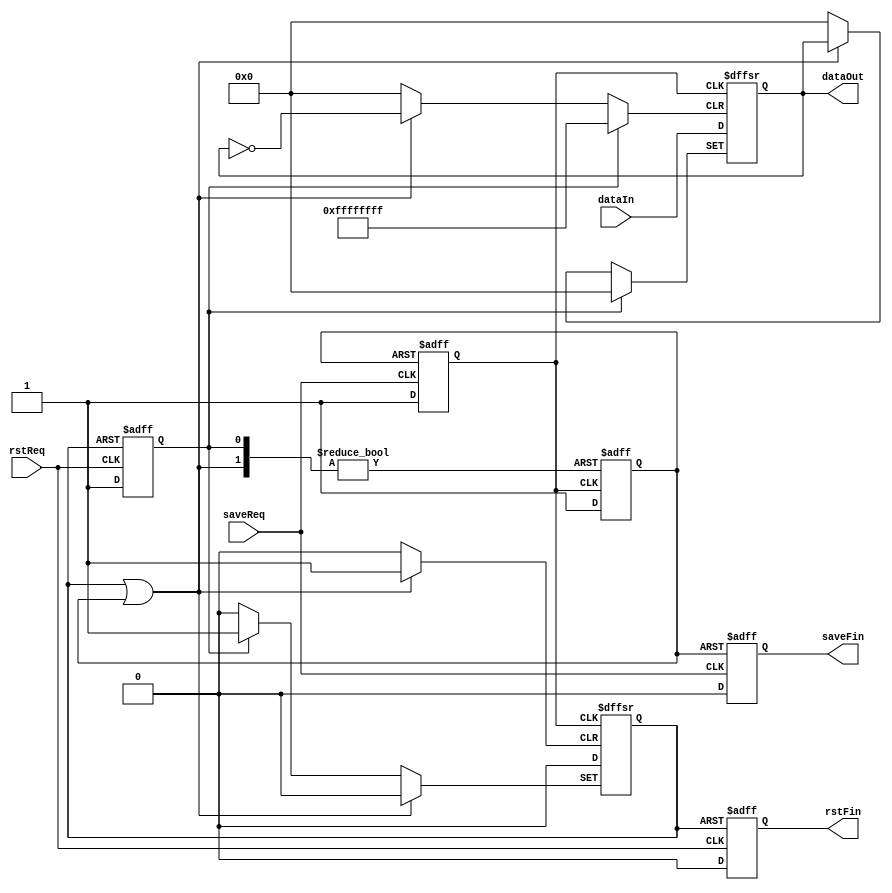
`timescale 1ns / 1ps
//////////////////////////////////////////////////////////////////////////////////
// 
// Module Name: var
// Description: A register with set and reset ports.
//              When saveReq rises,      dataIn -> dataOut. Then saveFin rises.
//              When rstReq rises, InitialValue -> dataOut. Then rstFin rises.
//              Width is the bit width of dataIn and dataOut.
// 
// Dependencies: 
// 
// Revision:
// Revision 0.01 - File Created
// Additional Comments:
// 
//////////////////////////////////////////////////////////////////////////////////

module var #(parameter Width=32, parameter InitialValue=0) (saveReq,saveFin,rstReq,rstFin,dataIn,dataOut);
input saveReq,rstReq;
input [Width-1:0] dataIn;
output reg saveFin=1'b1,rstFin=1'b1;
output reg [Width-1:0] dataOut=InitialValue;

reg rstReqBuf=1'b0;
reg rstFinBuf=1'b0;
reg saveReqBuf=1'b0;
reg saveFinBuf=1'b0;
wire eventFin;
assign eventFin=rstFinBuf|saveFinBuf;

always@(posedge rstReq or posedge rstFinBuf) begin
    if(rstFinBuf) begin 
        rstReqBuf<=1'b0;
        rstFin<=1'b1;
    end
    else begin
        rstReqBuf<=1'b1;
        rstFin<=1'b0;
    end
end

always@(posedge saveReq or posedge saveFinBuf) begin
    if(saveFinBuf) begin
        saveReqBuf<=1'b0;
        saveFin<=1'b1;
    end
    else begin
        saveReqBuf<=1'b1;
        saveFin<=1'b0;
    end
end

always@(posedge saveReqBuf or posedge rstReqBuf or posedge eventFin) begin
if(eventFin) begin
    saveFinBuf<=1'b0;
    rstFinBuf<=1'b0;
    dataOut<=dataOut;
end
else begin
if(rstReqBuf) begin
    rstFinBuf<=1'b1;
    saveFinBuf<=1'b0;
    dataOut<=InitialValue;
end
else if(saveReqBuf) begin
    saveFinBuf<=1'b1;
    rstFinBuf<=1'b0;
    dataOut<=dataIn;
end
else begin
    rstFinBuf<=rstFinBuf;
    saveFinBuf<=saveFinBuf;
    dataOut<=dataOut;
end
end
end

endmodule